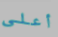
أعلى